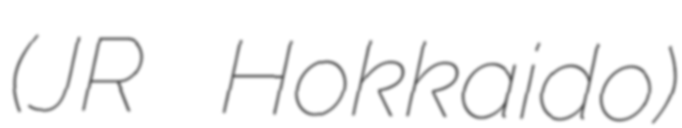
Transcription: (JR Hokkaido)